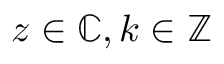
z \in \mathbb { C } , k \in \mathbb { Z }